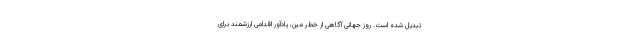
تبدیل شده است. روز جهانی آگاهی از خطر مین، یادآور اقدامی ارزشمند برای